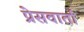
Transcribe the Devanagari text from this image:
प्रेसवार्ता